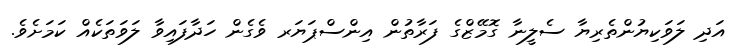
އަދި ލަވަކިޔުންތެރިޔާ ސެލީނާ ގޮމޭޒްގެ ފަރާތުން އިންސްޕަޔަރ ވެގެން ހަދާފައިވާ ލަވަތަކެއް ކަމަށެވެ.